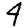
Digit: 4